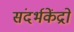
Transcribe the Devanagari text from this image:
संदर्भकेंद्रों